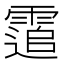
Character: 䨨